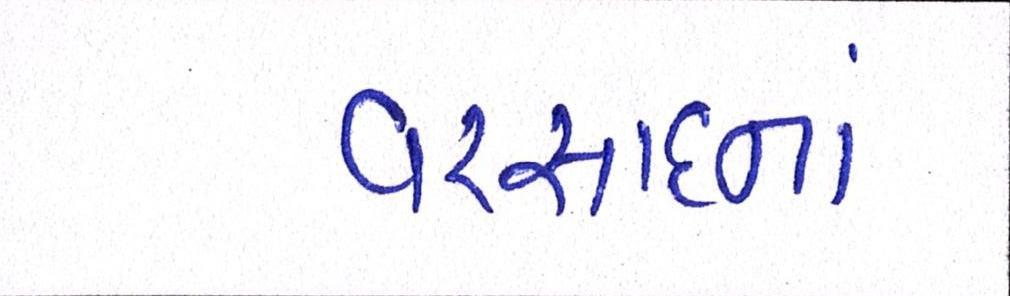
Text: વરસાદનાં